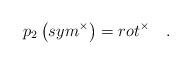
LaTeX: \begin{align*}p_2\left( sym^{\times }\right) =rot^{\times }\quad .\end{align*}